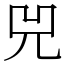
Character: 兕